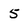
Character: 5